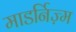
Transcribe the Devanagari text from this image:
माडर्निज़्म